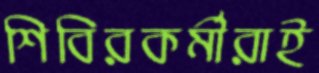
শিবিরকর্মীরাই